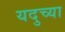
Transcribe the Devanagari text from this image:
यदुच्या